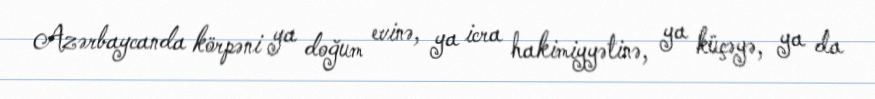
Azərbaycanda körpəni ya doğum evinə, ya icra hakimiyyətinə, ya küçəyə, ya da